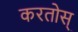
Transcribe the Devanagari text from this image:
करतोस्